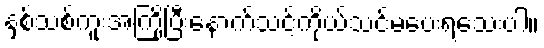
နှစ်သစ်ကူးအကြိုပြီးနောက်သင့်ကိုယ်သင်မပေးရသေးပါ။